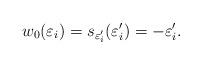
LaTeX: \begin{align*} w_0(\varepsilon_i) = s_{\varepsilon'_i}(\varepsilon'_i) = -\varepsilon'_i.\end{align*}